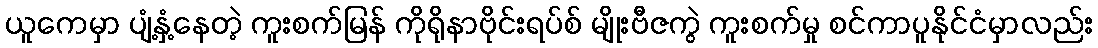
ယူကေမှာ ပျံ့နှံ့နေတဲ့ ကူးစက်မြန် ကိုရိုနာဗိုင်းရပ်စ် မျိုးဗီဇကွဲ ကူးစက်မှု စင်ကာပူနိုင်ငံမှာလည်း